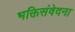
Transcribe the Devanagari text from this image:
भक्तिसंवेदना